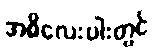
အဓိလေးပါးတွင်